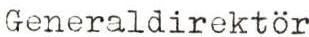
Generaldirektör